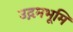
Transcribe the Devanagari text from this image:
उद्गमभूमि